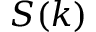
S ( k )